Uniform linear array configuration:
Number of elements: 4
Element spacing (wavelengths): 1
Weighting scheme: cosine
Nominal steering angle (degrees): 15
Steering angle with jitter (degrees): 15.277
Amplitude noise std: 0.05
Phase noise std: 0.05

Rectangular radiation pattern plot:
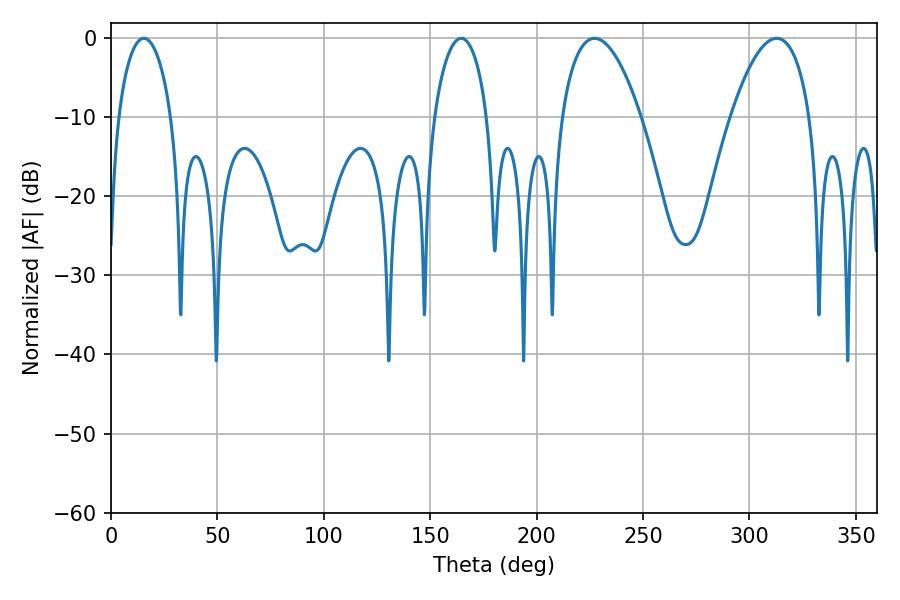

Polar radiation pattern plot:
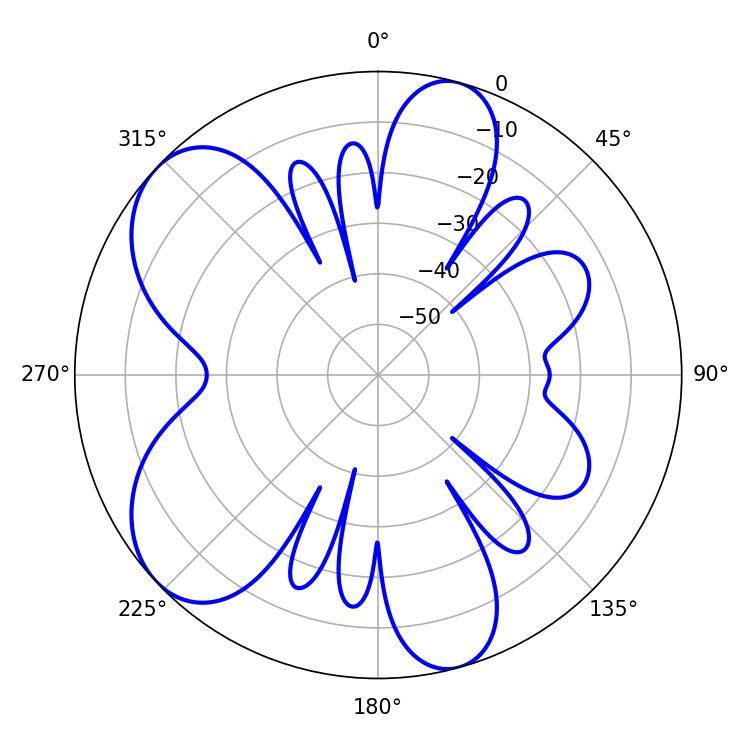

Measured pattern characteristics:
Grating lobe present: TRUE
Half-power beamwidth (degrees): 20.7
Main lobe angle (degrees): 312.84